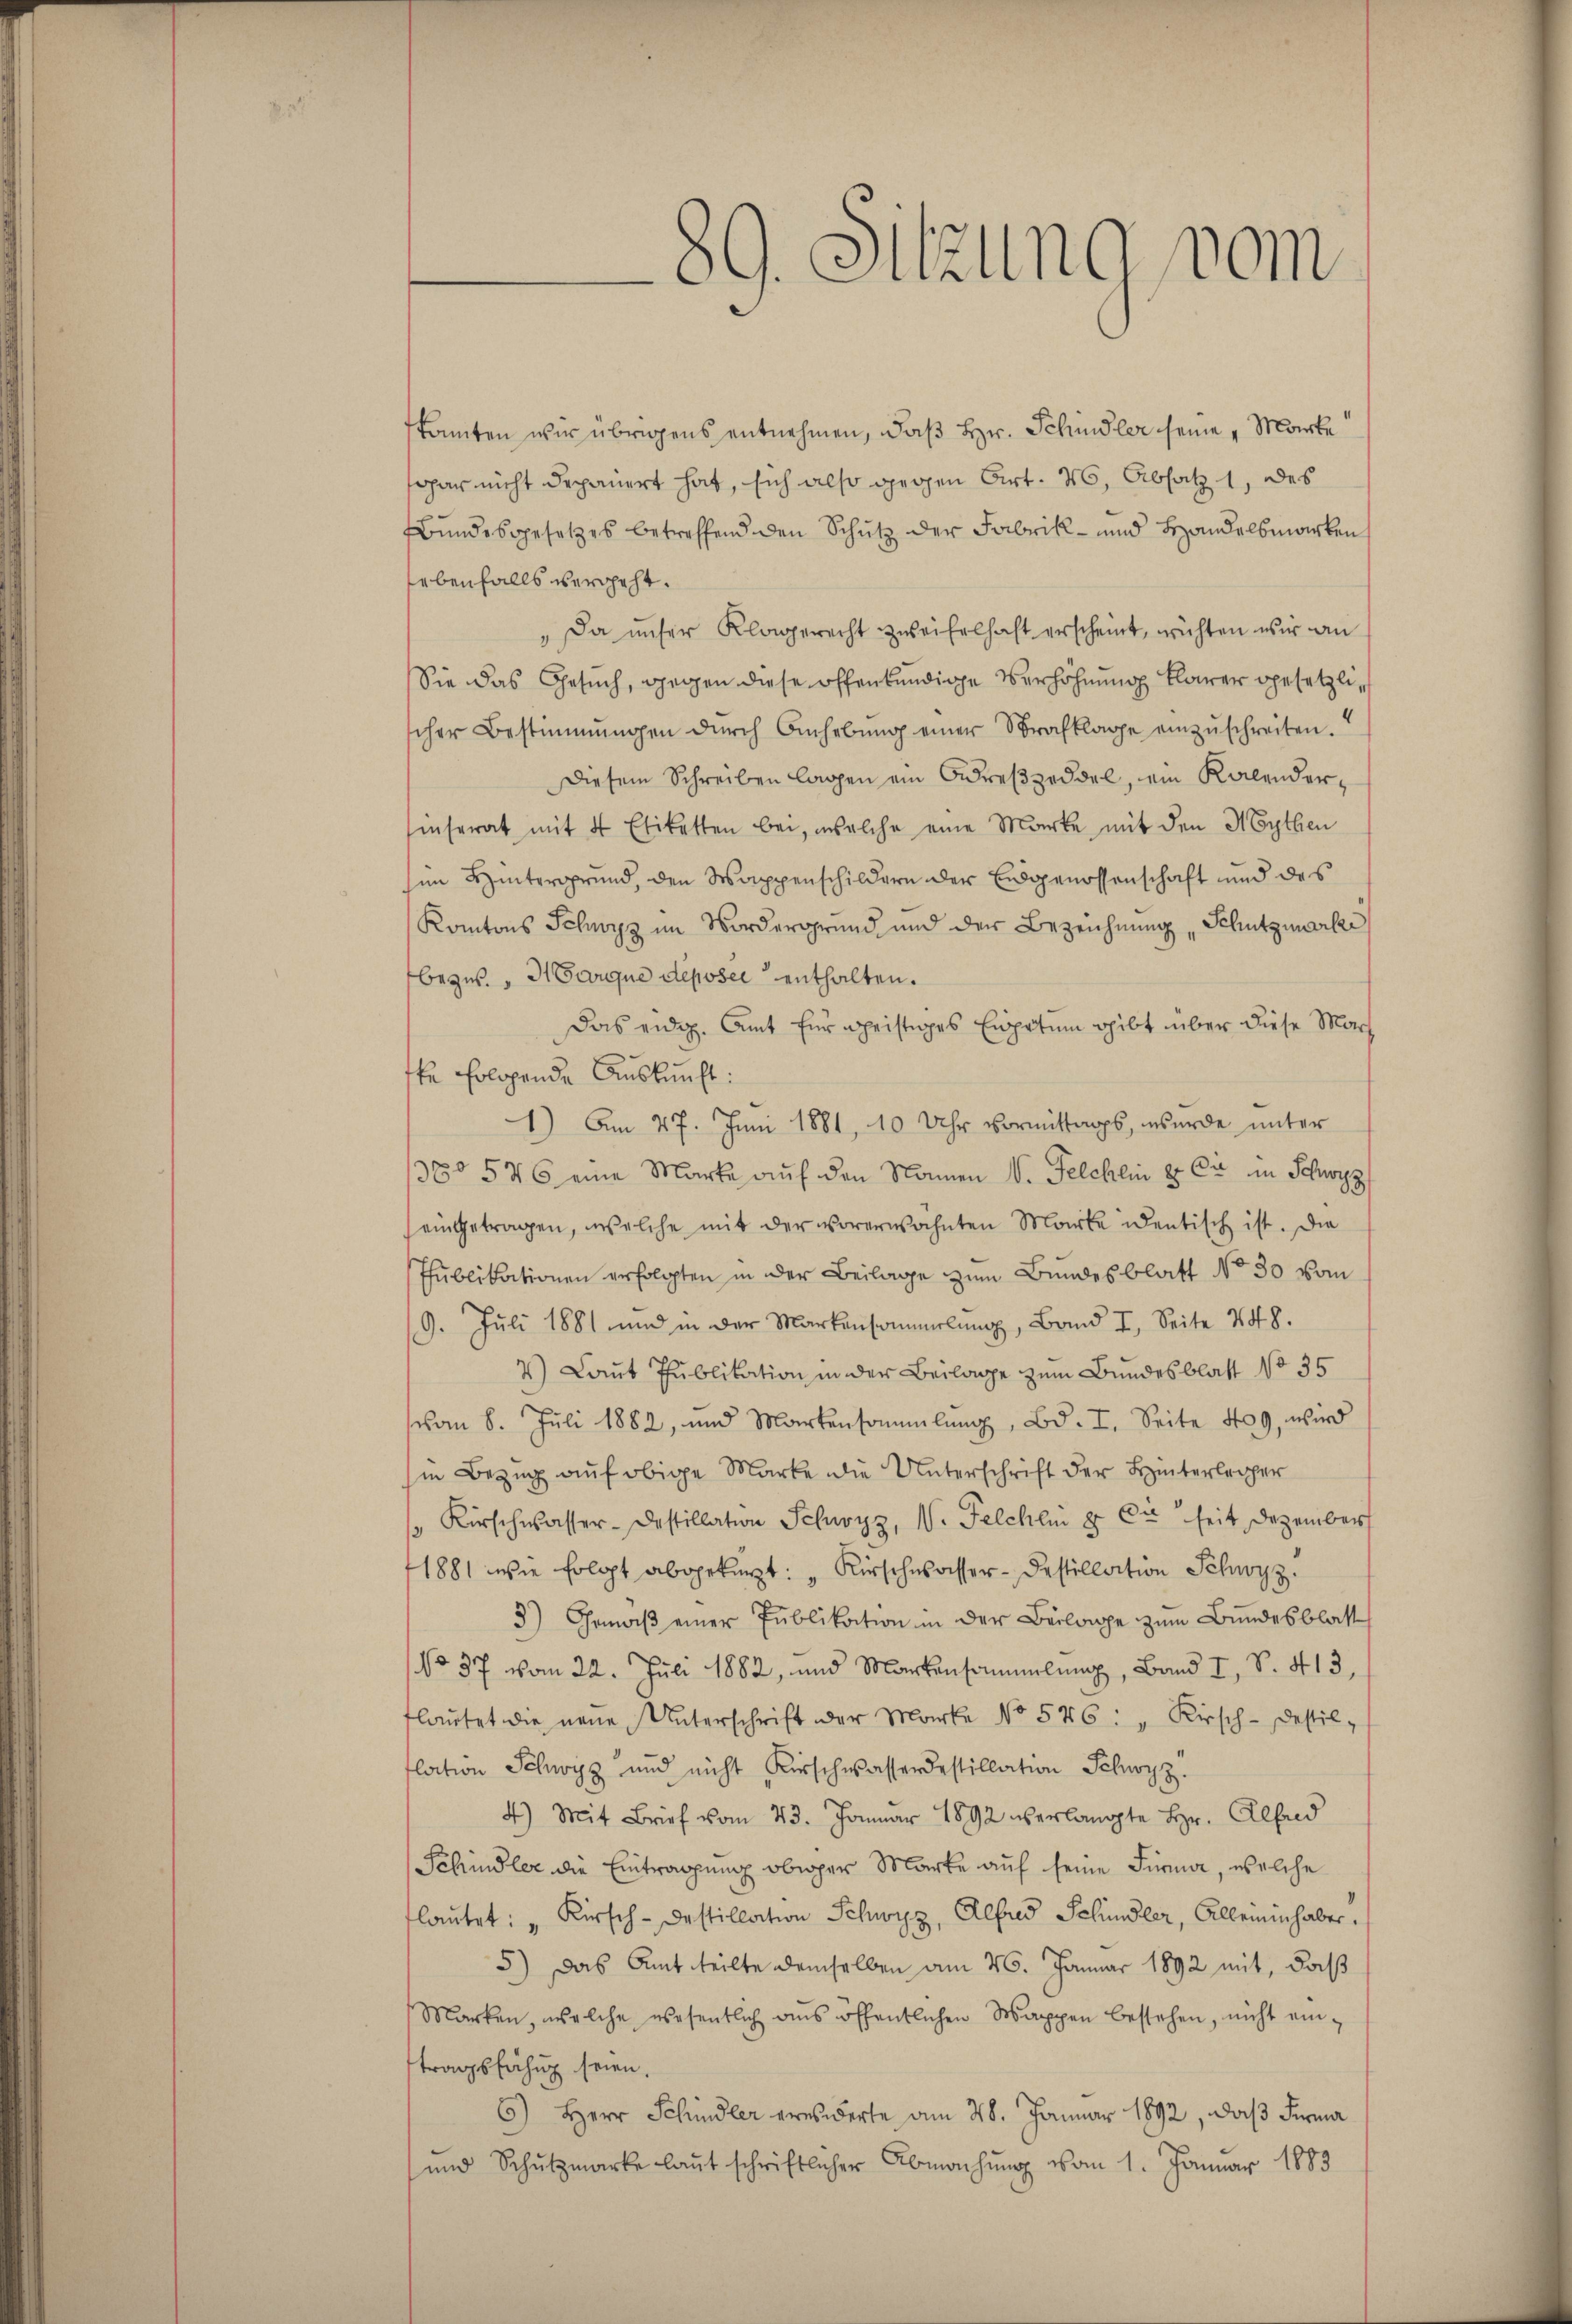
89. Sitzung vom

kannten wir übrigens entnehmen, daß Hr. Schindler seine „Marke
gar nicht depauert hat, sich also gegen Art. 46, Absatz 1, des
Bundesgesetzes betreffend den Schutz der Fabrik- und Handelbewirken
lebenfalls vergeht.
"Da unser Klagerecht zweifelhaft erscheint, wichten wir an
Sie das Gesuch, gegen diese offenkundige Verhöhnung klarer gesetzlischer Bestimmungen dŭrch Anhebŭng einer Strafklage einzŭschreiten.
Diesem Schreiben lagen ein Adreszeddel, ein Kalenderinserat mit 4 Etiketten bei, welche eine Marke, mit den Mythen
im Hintergrund, den Wappenschildern der Eidgenossenschaft und des
Kantons Schwyz im Nordergrund und der Bezeichnung Schutzmarki
bezw. "Harque déposée enthalten.
Das eidg. Amt Ein Beistiges Einpitum gibt über diese Martte folgende Auskunft:
1) Am 27. Juni 1881, 10 Uhr vormittags, wurde unter
1380 576 eine Marke auf den Namen v. Felchlin & Cie in Schwyz
eingetragen, welche mit der vorerwähnten Marke identisch ist. Die
Publikationen erfolgten in der Beilage zum Bundesblatt No 30 vom
.
9. Juli 1881 und in der Markensammelung, Band I. Seite 448.
2) Laut Publikation in der Beilage zum Bundesblatt No 35
vom 8. Juli 1882, und Martensammlung, Bd. I. Seite 409, wird
in Bezug auf obige Marke die Unterschrift der Hinterleger
Kirschwasser-Destillation Schwyz, V. Felchli u. Du seit Dezember
1881 wie folgt abgekürzt: „Kirschwasser - Destillation Schwyz.
3) Gemäß einer Publikation in der Beilage zum Bundesblatt
No 37 vom 22. Juli 1882, und Markensammlung, Band I, S. 413,
flaŭtet die neŭe Unterschrift der Marke No 546: „Kirsch-Destil-
flation Schwyz und nicht Kirschwasserdestillation Schwyz
4) Mit Brief vom 23. Januar 1892 verlangte Hr. Alsd
Schindler die Eintragung obiger Marke auf seine Firma, welche
laŭtet: „Kirsch - Destillation Schwyz, Albad Schindler, Alleinin haber,
5) Das Amt weilte demselben am 26. Januar 1892 mit, daß
Marken, welche wesentlich aŭs öffentlichen Wappen bestehen, nicht ein-
tragsfähig seien.
6) Herr Schindler ernswerte am 28. Januar 1892, daß Firma
und Schutzmarke laut schriftlicher Abmachung vom 1. Januar 1883